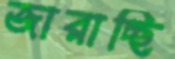
জারাচ্ছি